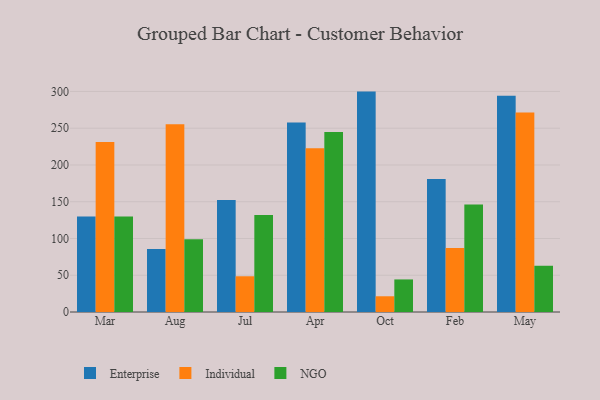
{"axis": {"x": "Month", "y": "Humidity (%)"}, "legend": ["Enterprise", "Individual", "NGO"], "data": [{"x": "Mar", "y": 129.9, "type": "Enterprise"}, {"x": "Mar", "y": 231.2, "type": "Individual"}, {"x": "Mar", "y": 130.0, "type": "NGO"}, {"x": "Aug", "y": 85.7, "type": "Enterprise"}, {"x": "Aug", "y": 255.5, "type": "Individual"}, {"x": "Aug", "y": 98.8, "type": "NGO"}, {"x": "Jul", "y": 152.3, "type": "Enterprise"}, {"x": "Jul", "y": 48.6, "type": "Individual"}, {"x": "Jul", "y": 132.0, "type": "NGO"}, {"x": "Apr", "y": 257.6, "type": "Enterprise"}, {"x": "Apr", "y": 222.7, "type": "Individual"}, {"x": "Apr", "y": 244.8, "type": "NGO"}, {"x": "Oct", "y": 299.8, "type": "Enterprise"}, {"x": "Oct", "y": 21.4, "type": "Individual"}, {"x": "Oct", "y": 44.3, "type": "NGO"}, {"x": "Feb", "y": 180.9, "type": "Enterprise"}, {"x": "Feb", "y": 87.1, "type": "Individual"}, {"x": "Feb", "y": 146.1, "type": "NGO"}, {"x": "May", "y": 294.2, "type": "Enterprise"}, {"x": "May", "y": 271.3, "type": "Individual"}, {"x": "May", "y": 62.9, "type": "NGO"}]}